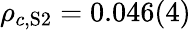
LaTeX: \rho_{c,\mathrm{S2}}=0.046(4)